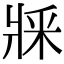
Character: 𤕽